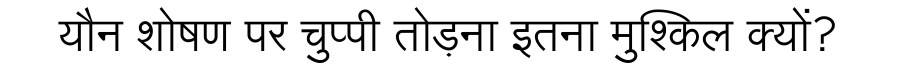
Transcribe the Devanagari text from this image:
यौन शोषण पर चुप्पी तोड़ना इतना मुश्किल क्यों?